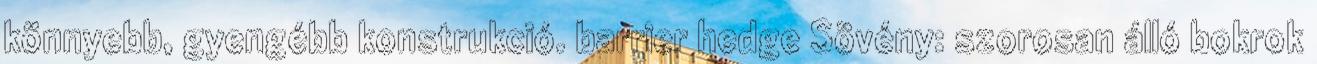
könnyebb, gyengébb konstrukció. barrier hedge Sövény: szorosan álló bokrok